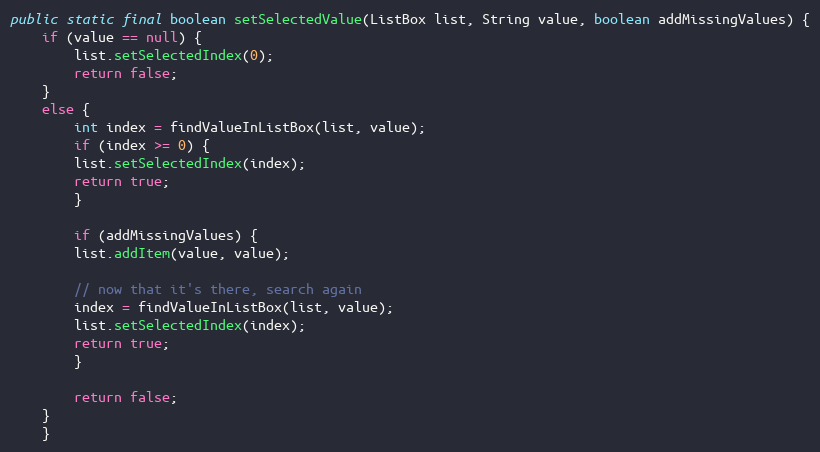
Language: Java
public static final boolean setSelectedValue(ListBox list, String value, boolean addMissingValues) {
	if (value == null) {
	    list.setSelectedIndex(0);
	    return false;
	}
	else {
	    int index = findValueInListBox(list, value);
	    if (index >= 0) {
		list.setSelectedIndex(index);
		return true;
	    }

	    if (addMissingValues) {
		list.addItem(value, value);

		// now that it's there, search again
		index = findValueInListBox(list, value);
		list.setSelectedIndex(index);
		return true;
	    }

	    return false;
	}
    }